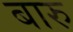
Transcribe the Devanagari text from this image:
बारु